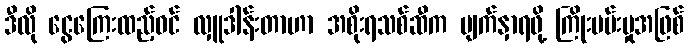
ဒီလို ငွေကြေးထည့်ဝင် လှူဒါန်းတာဟာ အစိုးရသစ်ဆီက မျက်နှာရဖို့ ကြိုးပမ်းမှုအဖြစ်